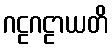
ဂဠဂဠာယတိ